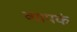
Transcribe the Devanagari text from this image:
व्यापकं